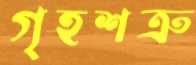
গৃহশত্রু